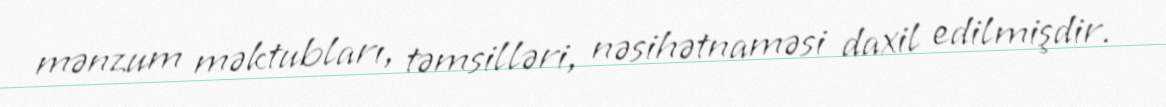
mənzum məktubları, təmsilləri, nəsihətnaməsi daxil edilmişdir.